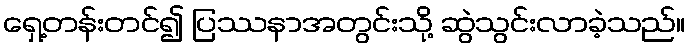
ရှေ့တန်းတင်၍ ပြဿနာအတွင်းသို့ ဆွဲသွင်းလာခဲ့သည်။